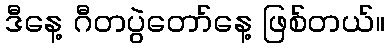
ဒီနေ့ ဂီတပွဲတော်နေ့ ဖြစ်တယ်။